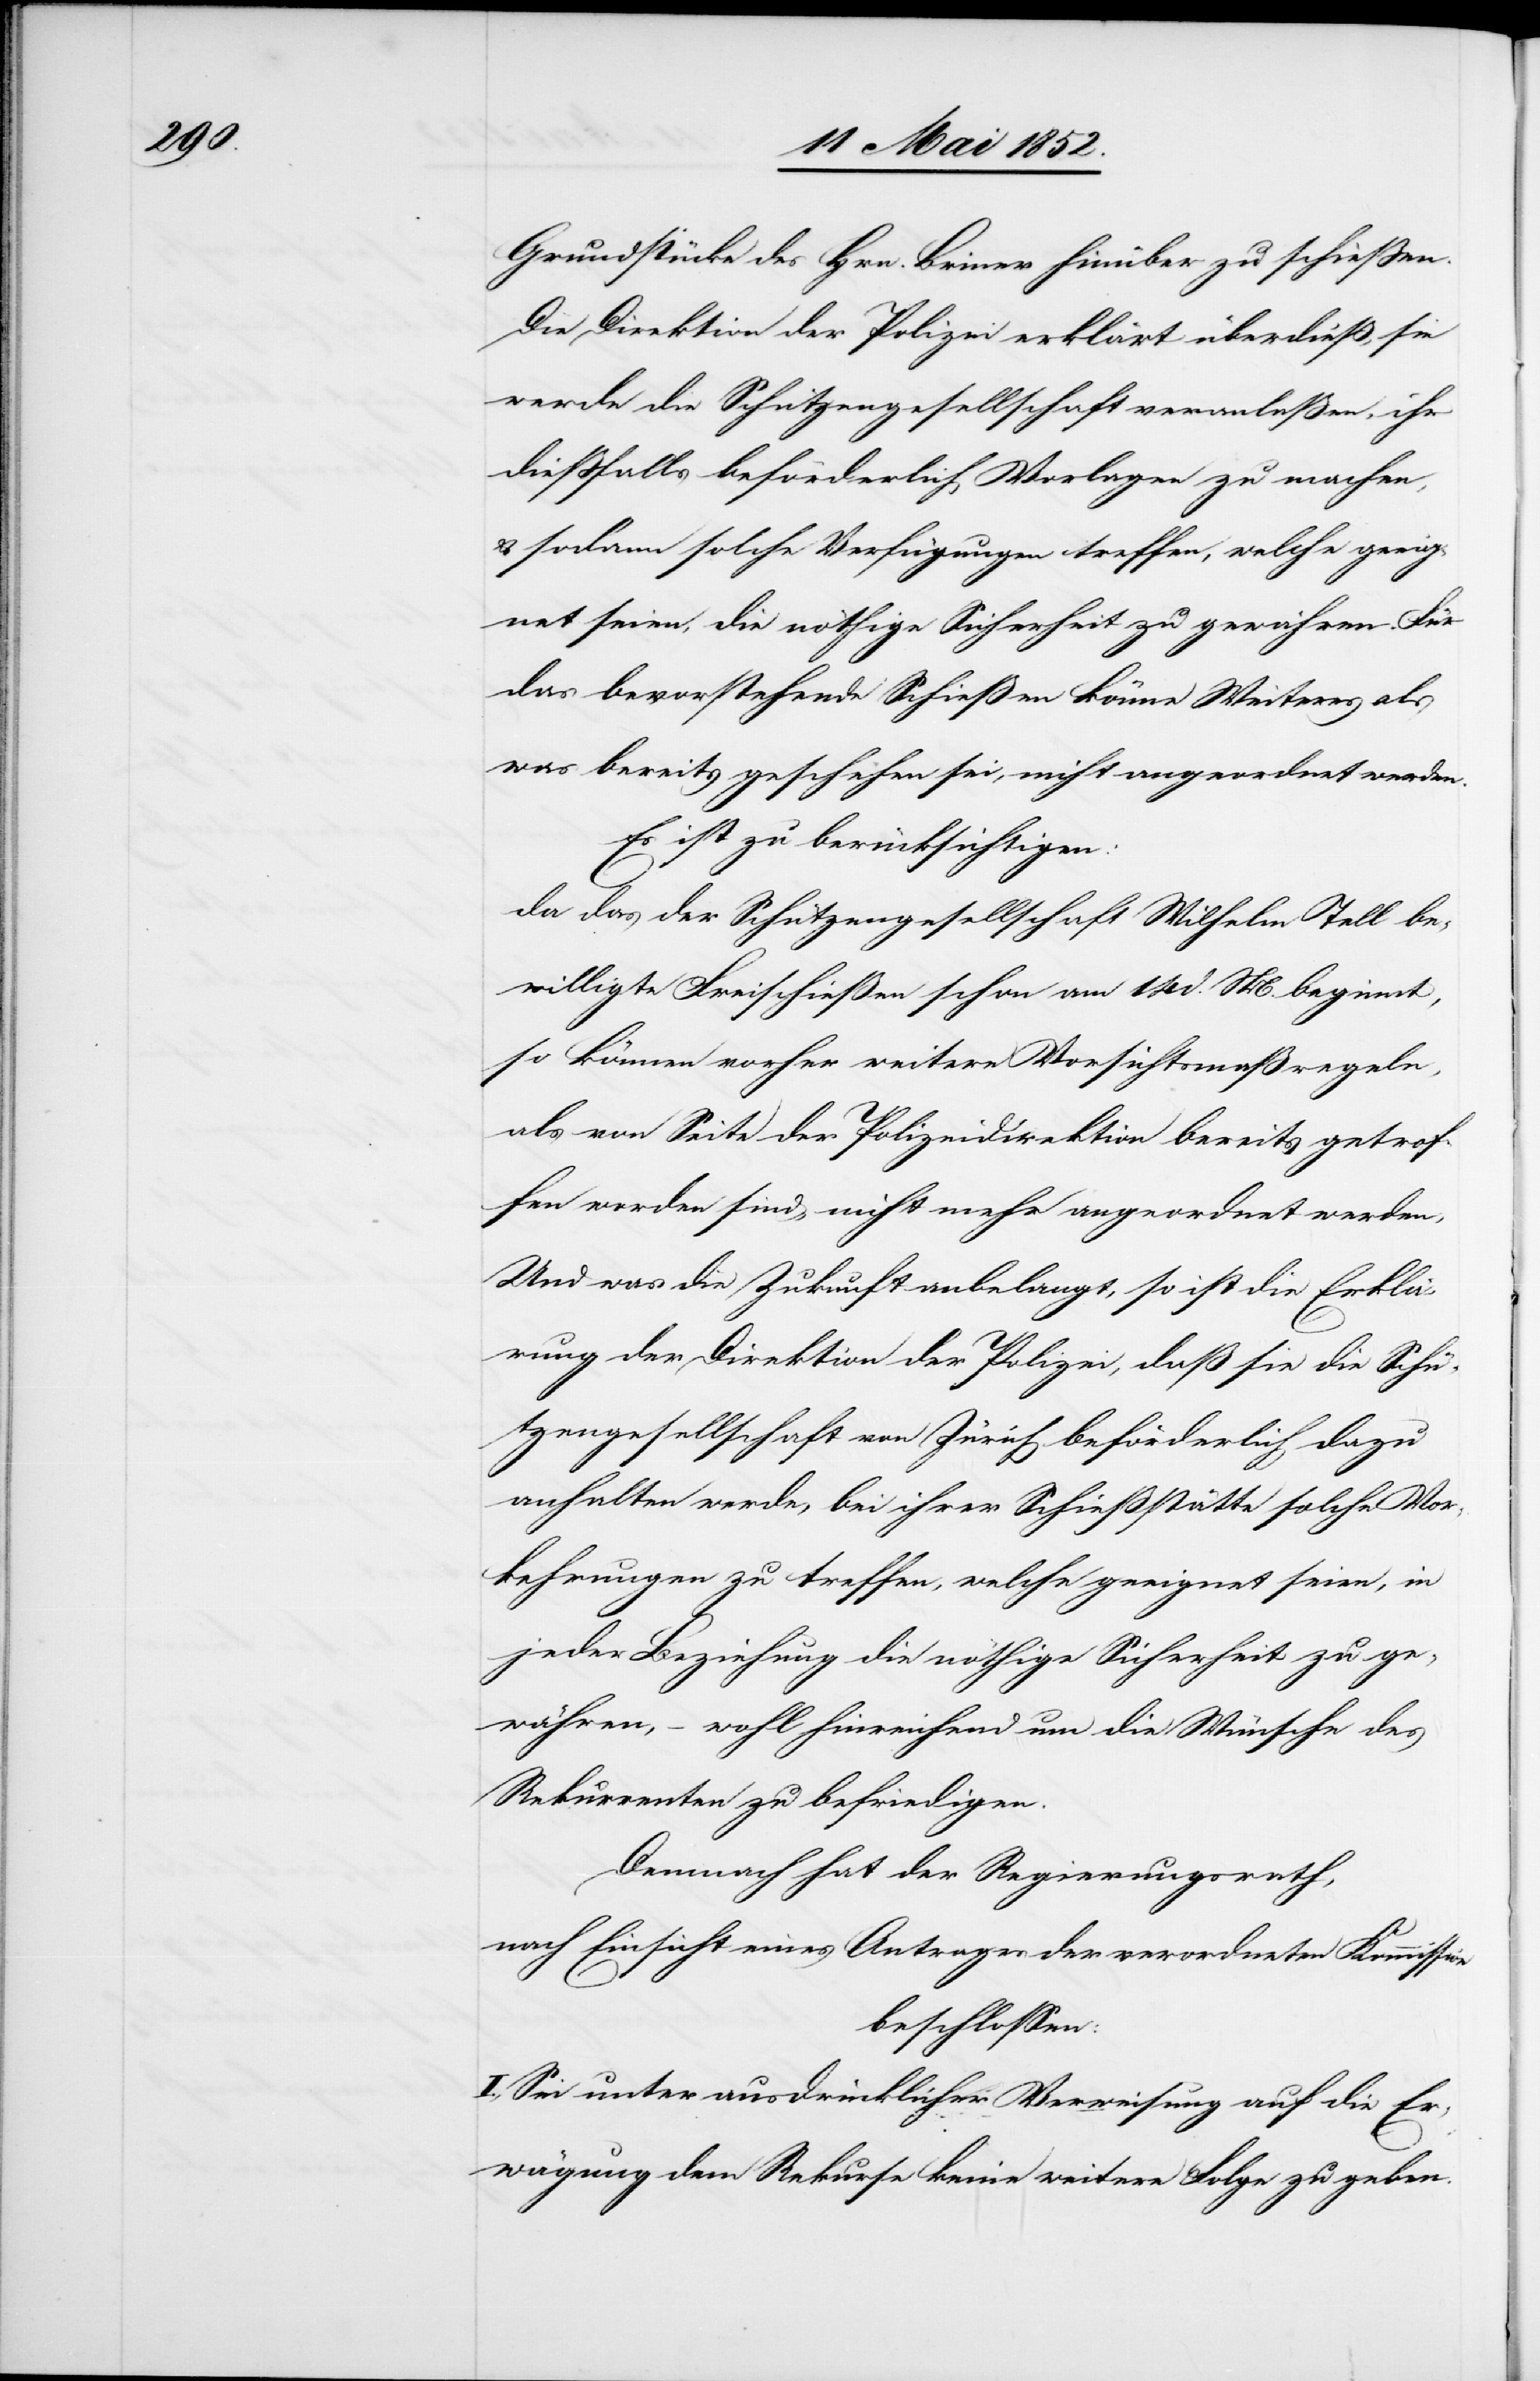
Grundstücke des Hrn. Briner hinüber zu schiessen.
Die Direktion der Polizei erklärt überdieß, sie
werde die Schützengesellschaft veranlaßen, ihr
diessfalls beförderlich Vorlagen zu machen,
& sodann solche Verfügungen treffen, welche geeig¬
net seien, die nöthige Sicherheit zu gewähren. Für
das bevorstehende Schießen könne Weiteres als
was bereits geschehen sei, nicht angeordnet werden.
Es ist zu berücksichtigen:
da das der Schützengesellschaft Wilhelm Tell be¬
willigte Freischießen schon am 14 d. M. beginnt,
so können vorher weitere Vorsichtsmaßregeln,
als von Seite der Polizeidirektion bereits getrof¬
fen worden sind, nicht mehr angeordnet werden,
Und was die Zukunft anbelangt, so ist die Erklä¬
rung der Direktion der Polizei, daß sie die Schü¬
tzengesellschaft von Zürich beförderlich dazu
anhalten werde, bei ihrer Schießstätte solche Vor¬
kehrungen zu treffen, welche geeignet seien, in
jeder Beziehung die nöthige Sicherheit zu ge¬
währen, – wohl hinreichend um die Wünsche des
Rekurrenten zu befriedigen.
Demnach hat der Regierungsrath,
nach Einsicht eines Antrages der verordneten Kommission
beschlossen:
I., Sei unter ausdrücklicher Verweisung auf die Er¬
wägung dem Rekurse keine weitere Folge zu geben.